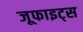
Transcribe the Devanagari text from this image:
जूफाइट्स